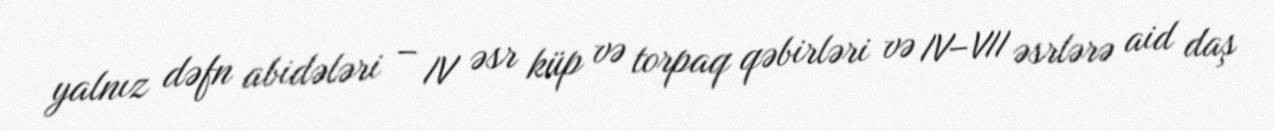
yalnız dəfn abidələri – IV əsr küp və torpaq qəbirləri və IV–VII əsrlərə aid daş